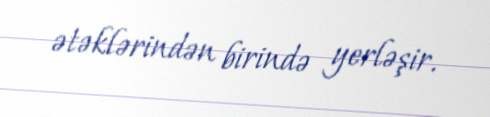
ətəklərindən birində yerləşir.